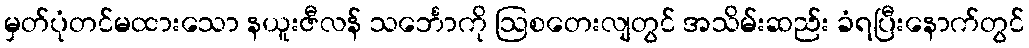
မှတ်ပုံတင်မထားသော နယူးဇီလန် သင်္ဘောကို ဩစတေးလျတွင် အသိမ်းဆည်း ခံရပြီးနောက်တွင်